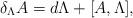
LaTeX: \begin{align*}\delta_{\Lambda} A = d\Lambda + [A, \Lambda],\end{align*}